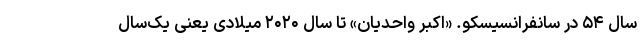
سال ۵۴ در سانفرانسیسکو. «اکبر واحدیان» تا سال ۲۰۲۰ میلادی یعنی یک‌‌سال